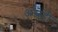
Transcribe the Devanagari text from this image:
अस्नेही